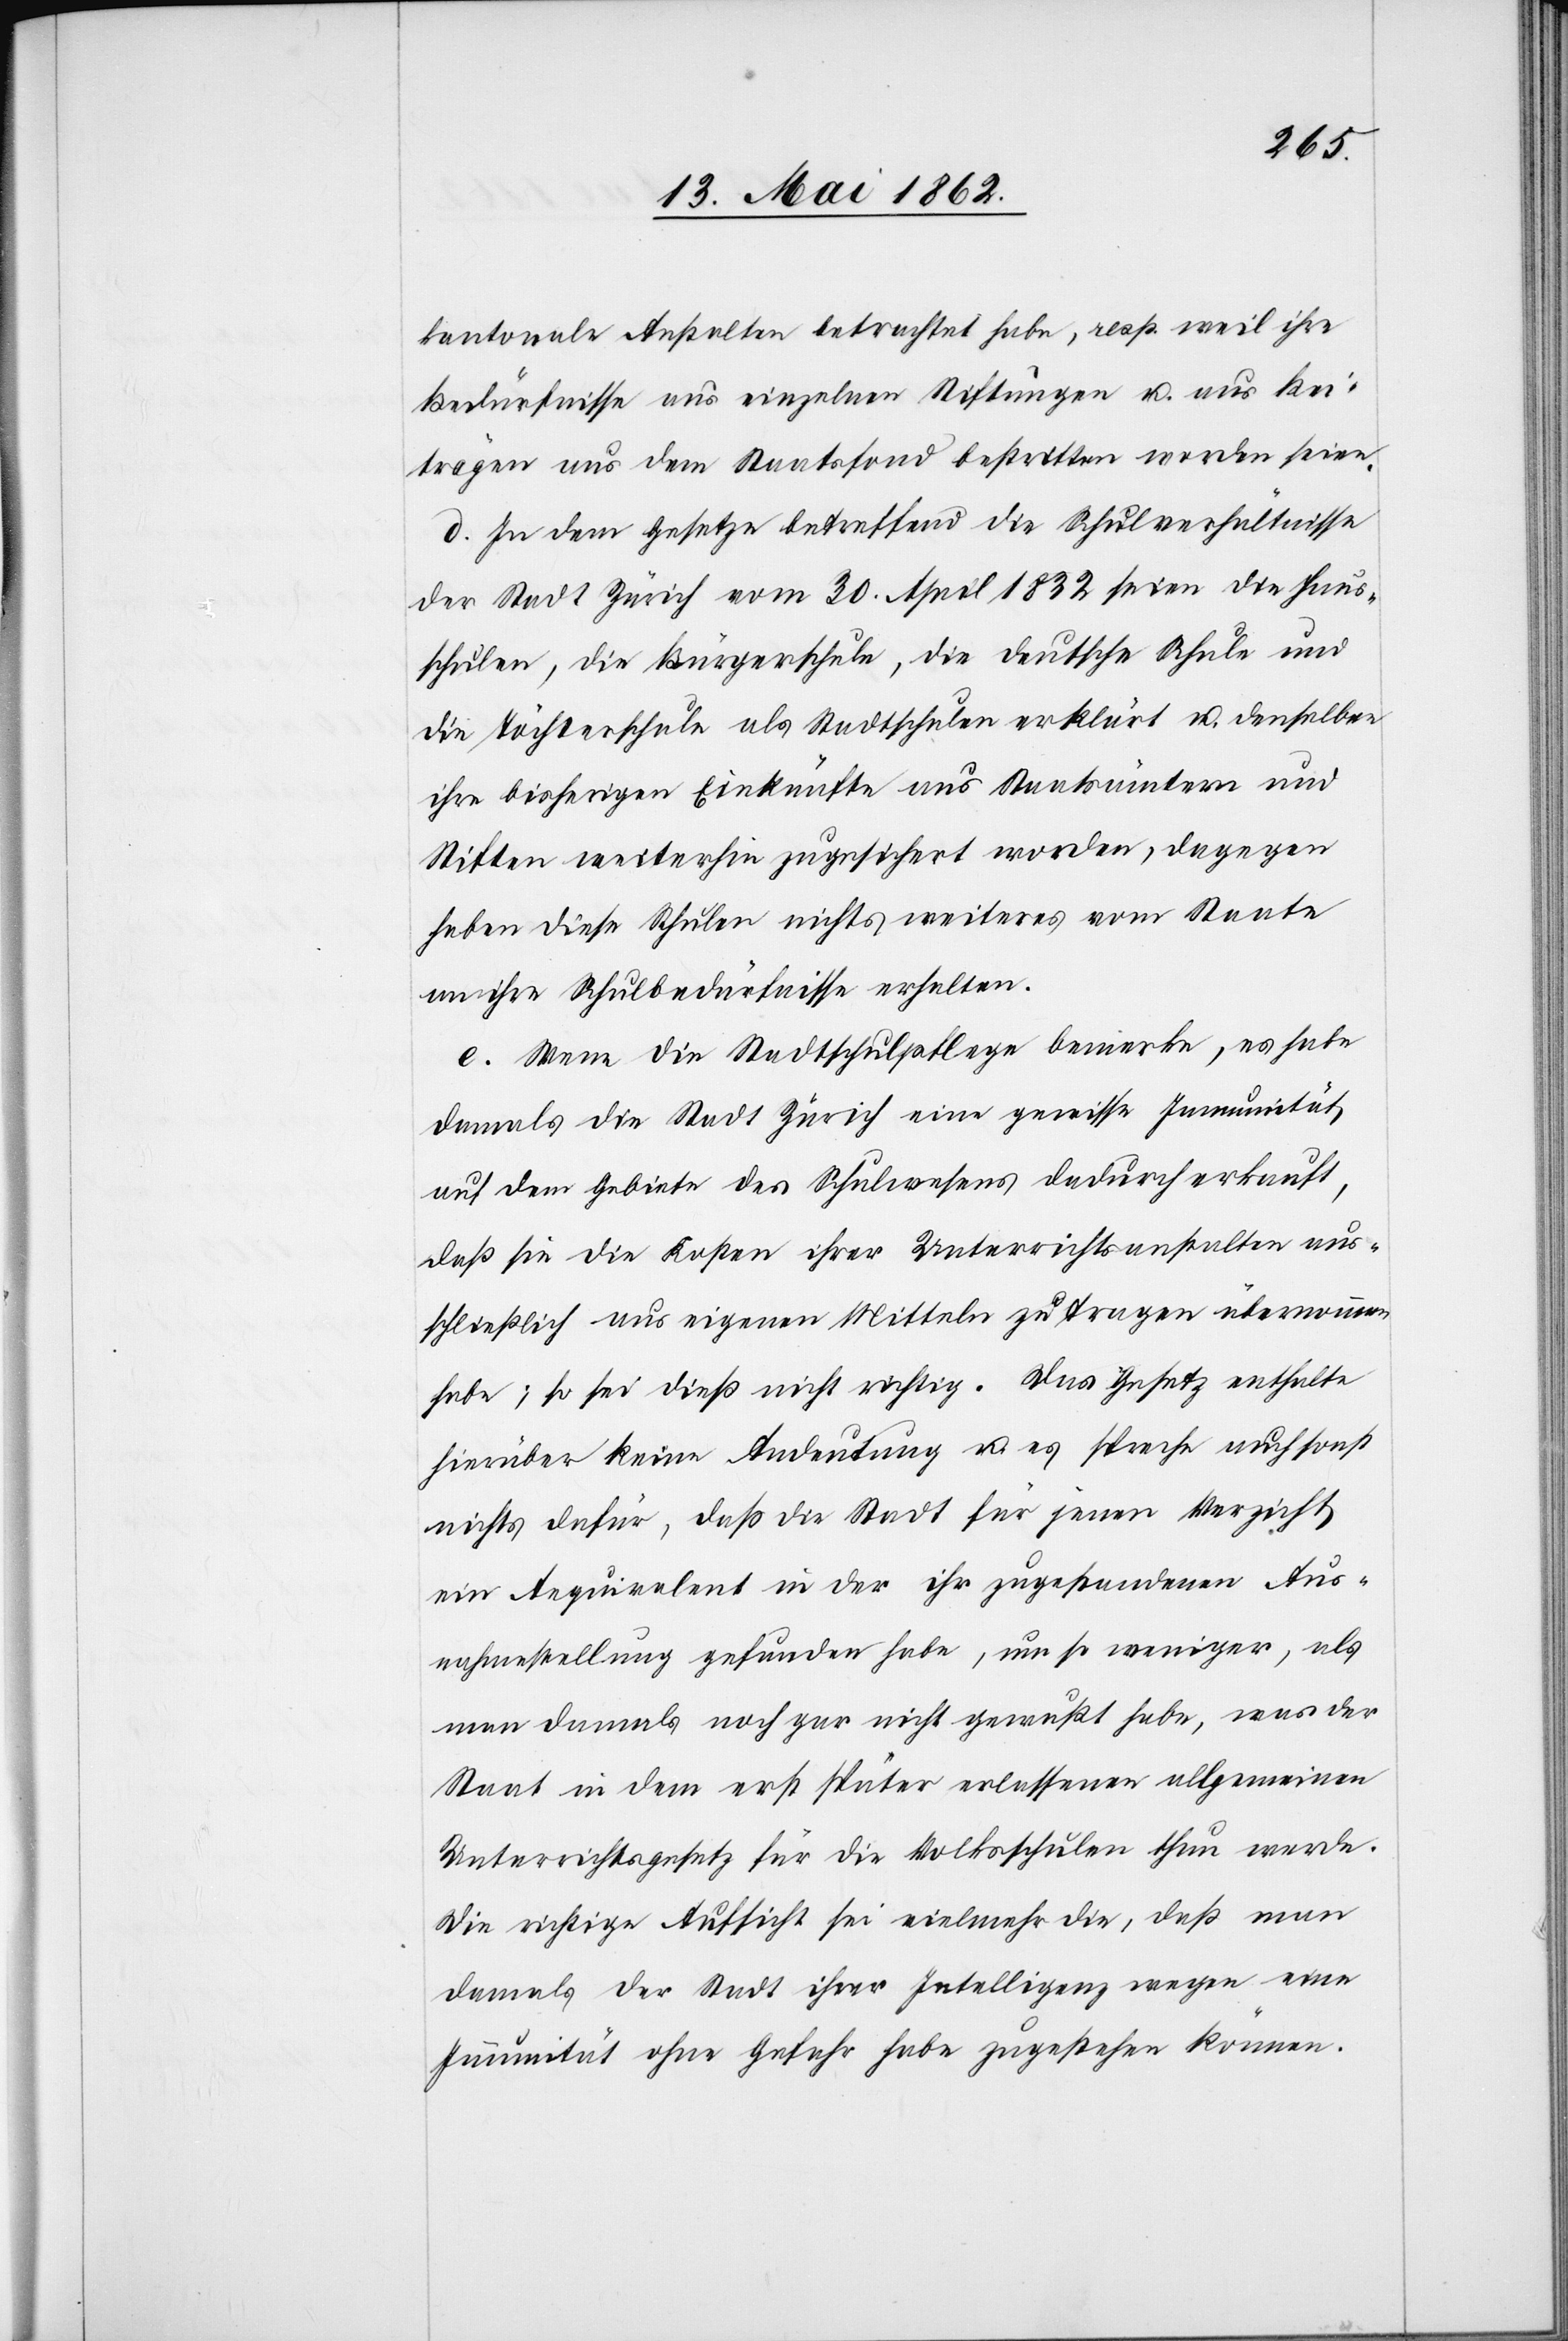
kantonale Anstalten betrachtet habe, resp. weil ihre
Bedürfnisse aus einzelnen Stiftungen u. aus Bei¬
trägen aus dem Staatsfond bestritten worden seien.
d. In dem Gesetze betreffend die Schulverhältnisse
der Stadt Zürich vom 30. April 1832 seien die Haus¬
schulen, die Bürgerschule, die deutsche Schule und
die Töchterschule als Stadtschulen erklärt u. denselben
ihre bisherigen Einkünfte aus Staatsämtern und
Stiften weiterhin zugesichert worden, dagegen
haben diese Schulen nichts weiteres vom Staate
an ihre Schulbedürfnisse erhalten.
e. Wenn die Stadtschulpflege bemerke, es habe
damals die Stadt Zürich eine gewisse Immunität
auf dem Gebiete des Schulwesens dadurch erkauft,
daß sie die Kosten ihrer Unterrichtsanstalten aus¬
schließlich aus eigenen Mitteln zu tragen übernommen
habe; so sei dies nicht richtig. Das Gesetz enthalte
hierüber keine Andeutung u. es spreche auch sonst
nichts dafür, daß die Stadt für jenen Verzicht
ein Aequivalent in der ihr zugestandenen Aus¬
nahmestellung gefunden habe, um so weniger, als
man damals noch gar nicht gewußt habe, was der
Staat in dem erst später erlassenen allgemeinen
Unterrichtsgesetz für die Volksschulen thun werde.
Die richtige Aufsicht sei vielmehr die, daß man
damals der Stadt ihrer Intelligenz wegen eine
Immunität ohne Gefahr habe zugestehen können.